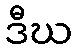
ဒီဃ